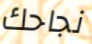
نجاحك